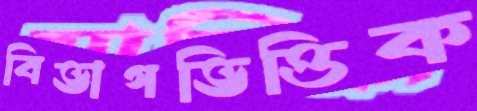
বিভাগভিত্তিক